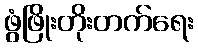
ဖွံဖြိုးတိုးတက်ရေး